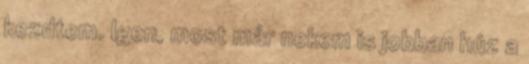
kezdtem. Igen, most már nekem is jobban húz a